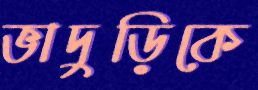
ভাদুড়িকে